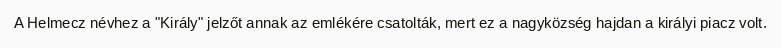
A Helmecz névhez a "Király" jelzőt annak az emlékére csatolták, mert ez a nagyközség hajdan a királyi piacz volt.